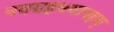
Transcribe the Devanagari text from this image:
नवग्रहभयापहम्